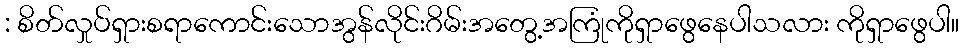
: စိတ်လှုပ်ရှားစရာကောင်းသောအွန်လိုင်းဂိမ်းအတွေ့အကြုံကိုရှာဖွေနေပါသလား ကိုရှာဖွေပါ။